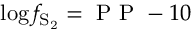
\log f _ { \mathrm { S _ { 2 } } } = \mathrm { ~ P ~ P ~ } - 1 0